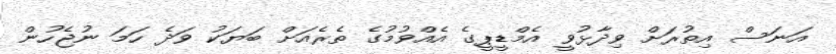
އަނަސް އިތުރަށް ވިދާޅުވީ އެމްޑީޕީގެ އެއްވުމުގެ ތެރެއަށް ބަޔަކު ވަދެ ހަމަ ނުޖެހުން